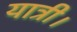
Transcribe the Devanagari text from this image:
यात्री।